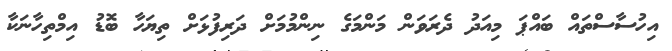
އިހުސާސްތައް ބައްޕަ މިއަދު ދެރަވަން މަންމަގެ ނިންމުމަށް ދަރިފުޅަށް ތިޔަހާ ބޮޑު އިމްތިހާނަކާ